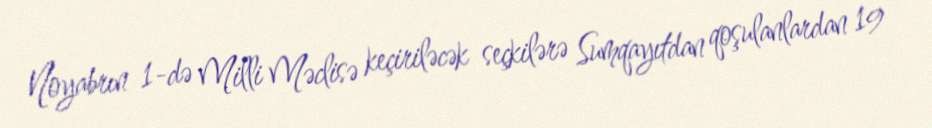
Noyabrın 1-də Milli Məclisə keçiriləcək seçkilərə Sumqayıtdan qoşulanlardan 19